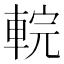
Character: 輐